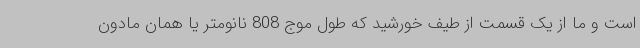
است و ما از یک قسمت از طیف خورشید که طول موج 808 نانومتر یا همان مادون